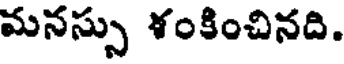
మనస్సు ళంకించినది.